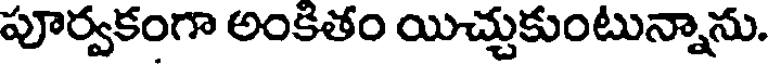
పూర్వకంగా అంకితం యిచ్చుకుంటున్నాను.